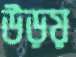
উড়য়